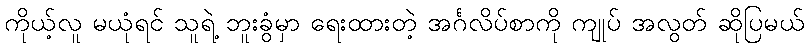
ကိုယ့်လူ မယုံရင် သူရဲ့ ဘူးခွံမှာ ရေးထားတဲ့ အင်္ဂလိပ်စာကို ကျုပ် အလွတ် ဆိုပြမယ်